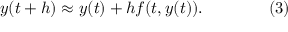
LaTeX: y ( t + h ) \approx y ( t ) + h f ( t , y ( t ) ) . \qquad \qquad ( 3 )